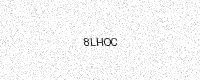
Text: 8LHOC